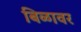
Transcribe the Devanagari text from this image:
बिळावर